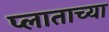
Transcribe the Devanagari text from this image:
प्लाताच्या